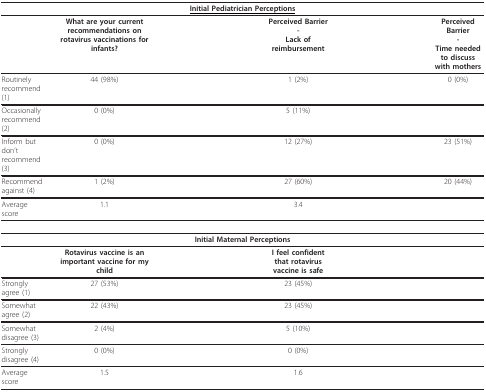
<table><thead><tr><td colspan="6"><b><underline>Initial Pediatrician Perceptions</underline></b></td></tr></thead><tbody><tr><td>[EMPTY_CELL]</td><td><b>What are your current recommendations on rotavirus vaccinations for infants?</b></td><td>[EMPTY_CELL]</td><td><b>Perceived Barrier</b><b>-</b><b>Lack of reimbursement</b></td><td>[EMPTY_CELL]</td><td><b>Perceived Barrier</b><b>-</b><b>Time needed to discuss with mothers</b></td></tr><tr><td>Routinely recommend (1)</td><td>44 (98%)</td><td>[EMPTY_CELL]</td><td>1 (2%)</td><td>[EMPTY_CELL]</td><td>0 (0%)</td></tr><tr><td>Occasionally recommend (2)</td><td>0 (0%)</td><td>[EMPTY_CELL]</td><td>5 (11%)</td><td>[EMPTY_CELL]</td><td>[EMPTY_CELL]</td></tr><tr><td>Inform but don't recommend (3)</td><td>0 (0%)</td><td>[EMPTY_CELL]</td><td>12 (27%)</td><td>[EMPTY_CELL]</td><td>23 (51%)</td></tr><tr><td>Recommend against (4)</td><td>1 (2%)</td><td>[EMPTY_CELL]</td><td>27 (60%)</td><td>[EMPTY_CELL]</td><td>20 (44%)</td></tr><tr><td>Average score</td><td>1.1</td><td>[EMPTY_CELL]</td><td>3.4</td><td>[EMPTY_CELL]</td><td>[EMPTY_CELL]</td></tr><tr><td colspan="6"><b>Initial Maternal Perceptions</b></td></tr><tr><td>[EMPTY_CELL]</td><td><b>Rotavirus vaccine is an important vaccine for my child</b></td><td>[EMPTY_CELL]</td><td><b>I feel confident that rotavirus vaccine is safe</b></td><td>[EMPTY_CELL]</td><td>[EMPTY_CELL]</td></tr><tr><td>Strongly agree (1)</td><td>27 (53%)</td><td>[EMPTY_CELL]</td><td>23 (45%)</td><td>[EMPTY_CELL]</td><td>[EMPTY_CELL]</td></tr><tr><td>Somewhat agree (2)</td><td>22 (43%)</td><td>[EMPTY_CELL]</td><td>23 (45%)</td><td>[EMPTY_CELL]</td><td>[EMPTY_CELL]</td></tr><tr><td>Somewhat disagree (3)</td><td>2 (4%)</td><td>[EMPTY_CELL]</td><td>5 (10%)</td><td>[EMPTY_CELL]</td><td>[EMPTY_CELL]</td></tr><tr><td>Strongly disagree (4)</td><td>0 (0%)</td><td>[EMPTY_CELL]</td><td>0 (0%)</td><td>[EMPTY_CELL]</td><td>[EMPTY_CELL]</td></tr><tr><td>Average score</td><td>1.5</td><td>[EMPTY_CELL]</td><td>1.6</td><td>[EMPTY_CELL]</td><td>[EMPTY_CELL]</td></tr></tbody></table>